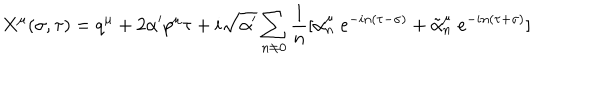
X ^ { \mu } ( \sigma , \tau ) = q ^ { \mu } + 2 \alpha ^ { \prime } p ^ { \mu } \tau + i \sqrt { \alpha ^ { \prime } } \sum _ { n \neq 0 } \frac { 1 } { n } [ \alpha _ { n } ^ { \mu } \; e ^ { - i n ( \tau - \sigma ) } + \tilde { \alpha } _ { n } ^ { \mu } \; e ^ { - i n ( \tau + \sigma ) } ]